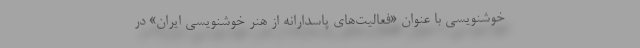
خوشنویسی با عنوان «فعالیت‌های پاسدارانه از هنر خوشنویسی ایران» در